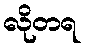
လိုတရ